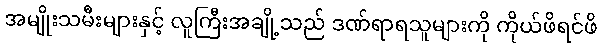
အမျိုးသမီးများနှင့် လူကြီးအချို့သည် ဒဏ်ရာရသူများကို ကိုယ်ဖိရင်ဖိ